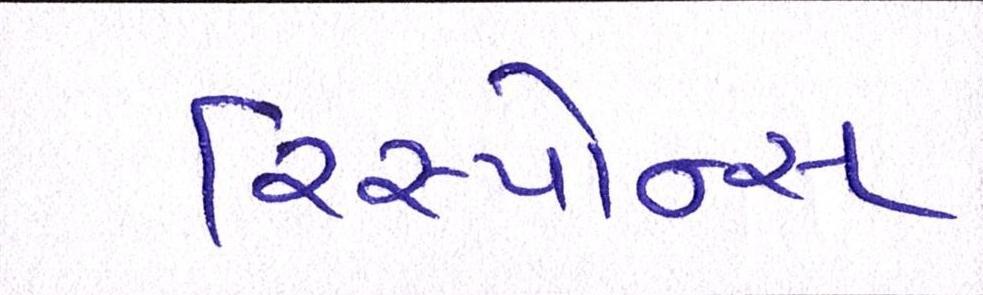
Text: રિસ્પોન્સ